Investigations on Bengal jail dietaries - Number 37
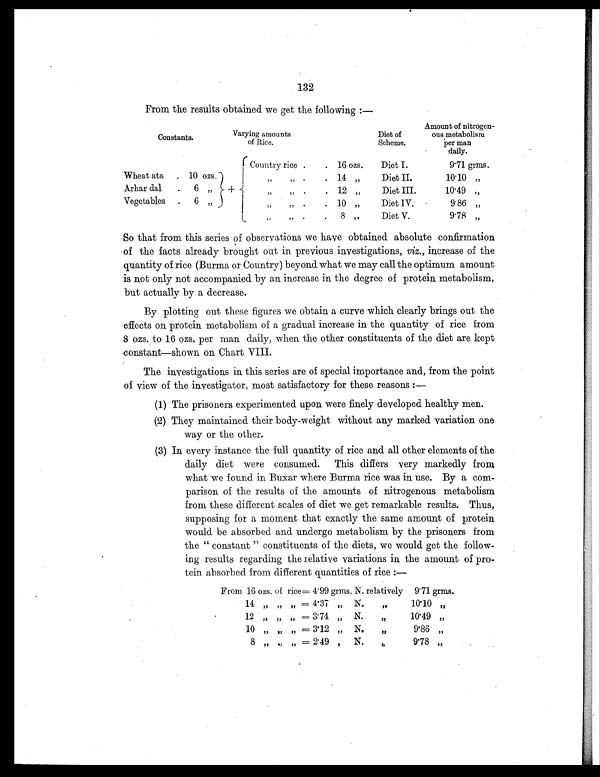
132
From the results obtained we get the following:—
Constants.
Varying amounts
of Rice.
Diet of
Scheme.
Amount of nitrogen-
ous metabolism
per man
daily.
+
Country rice .
. 16 ozs.
Diet I.
9.71 grms.
Wheat ata
. 10 ozs.
„ „ .
. 14 „
Diet II.
10.10 „
Arhar dal
.
6 „
„ „
.
. 12 „
Diet III.
10.49
„
Vegetables
.
6 „
„ „ .
. 10 „
Diet IV.
9.86 „
„ „
.
. 8 „
Diet V.
9.78 „
So that from this series of observations we have obtained absolute confirmation
of the facts already brought out in previous investigations, viz., increase of the
quantity of rice (Burma or Country) beyond what we may call the optimum amount
is not only not accompanied by an increase in the degree of protein metabolism,
but actually by a decrease.
By plotting out these figures we obtain a curve which clearly brings out the
effects on protein metabolism of a gradual increase in the quantity of rice from
8 ozs. to 16 ozs. per man daily, when the other constituents of the diet are kept
constant—shown on Chart VIII.
The investigations in this series are of special importance and, from the point
of view of the investigator, most satisfactory for these reasons
:—
(1) The prisoners experimented upon were finely developed healthy men.
(2) They maintained their body-weight without any marked variation one
way or the other.
(3) In every instance the full quantity of rice and all other elements of the
daily diet were consumed. This differs very markedly from
what we found in Buxar where Burma rice was in use. By a com-
parison of the results of the amounts of nitrogenous metabolism
from these different scales of diet we get remarkable results. Thus,
supposing for a moment that exactly the same amount of protein
would be absorbed and undergo metabolism by the prisoners from
the "constant" constituents of the diets, we would get the follow-
ing results regarding the relative variations in the amount of pro-
tein absorbed from different quantities of rice:—
From 16 ozs. of rice= 4.99 grms. N. relatively 9.71 grms.
14 „ „ „= 4.37 „ N. „
10.10 „
12 „ „ „= 3.74 „ N. „
10.49 „
10 „ „ „= 3.12 „ N. „
9.86 „
8 „ „ „= 2.49 , N. „
9.78
„